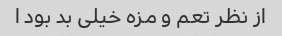
از نظر تعم و مزه خیلی بد بود ا